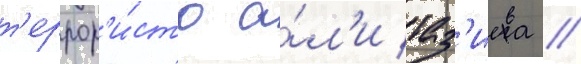
т'еррор'и́ста а́л'и таз'иева /